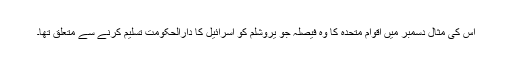
اس کی مثال دسمبر میں اقوام متحدہ کا وہ فیصلہ جو یروشلم کو اسرائیل کا دارالحکومت تسلیم کرنے سے متعلق تھا۔